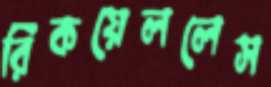
রিকয়েললেস